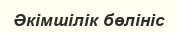
Әкімшілік бөлініс